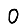
Digit: 0